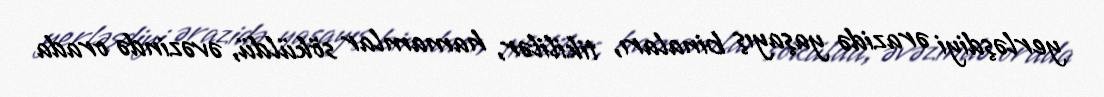
yerləşdiyi ərazidə yaşayış binaları, tikililər, hamamlar söküldü, əvəzində orada